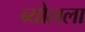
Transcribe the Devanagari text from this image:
ब्योलला